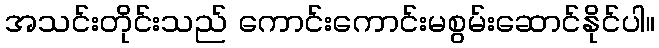
အသင်းတိုင်းသည် ကောင်းကောင်းမစွမ်းဆောင်နိုင်ပါ။